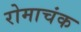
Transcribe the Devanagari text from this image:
रोमाचंक